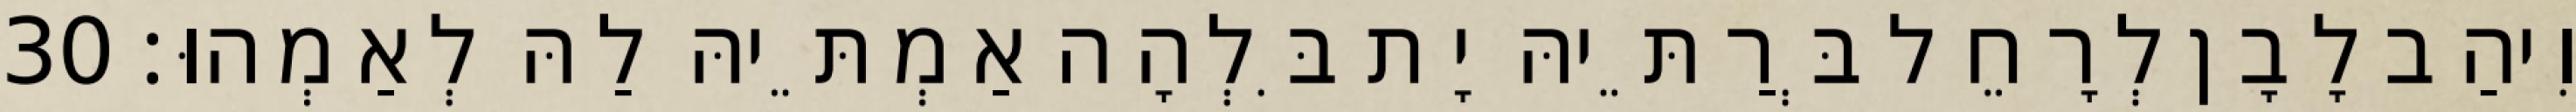
וִיהַב לָבָן לְרָחֵל בְּרַתֵּיהּ יָת בִּלְהָה אַמְתֵּיהּ לַהּ לְאַמְהוּ׃ 30